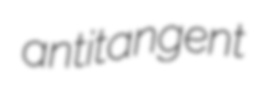
antitangent